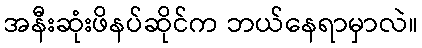
အနီးဆုံးဖိနပ်ဆိုင်က ဘယ်နေရာမှာလဲ။